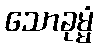
သောခုမ္မံ